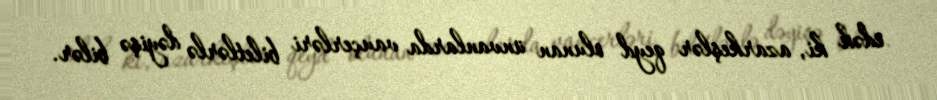
edək ki, azarkeşlər qeyd olunan ünvanlarda vauçerləri biletlərlə dəyişə bilər.